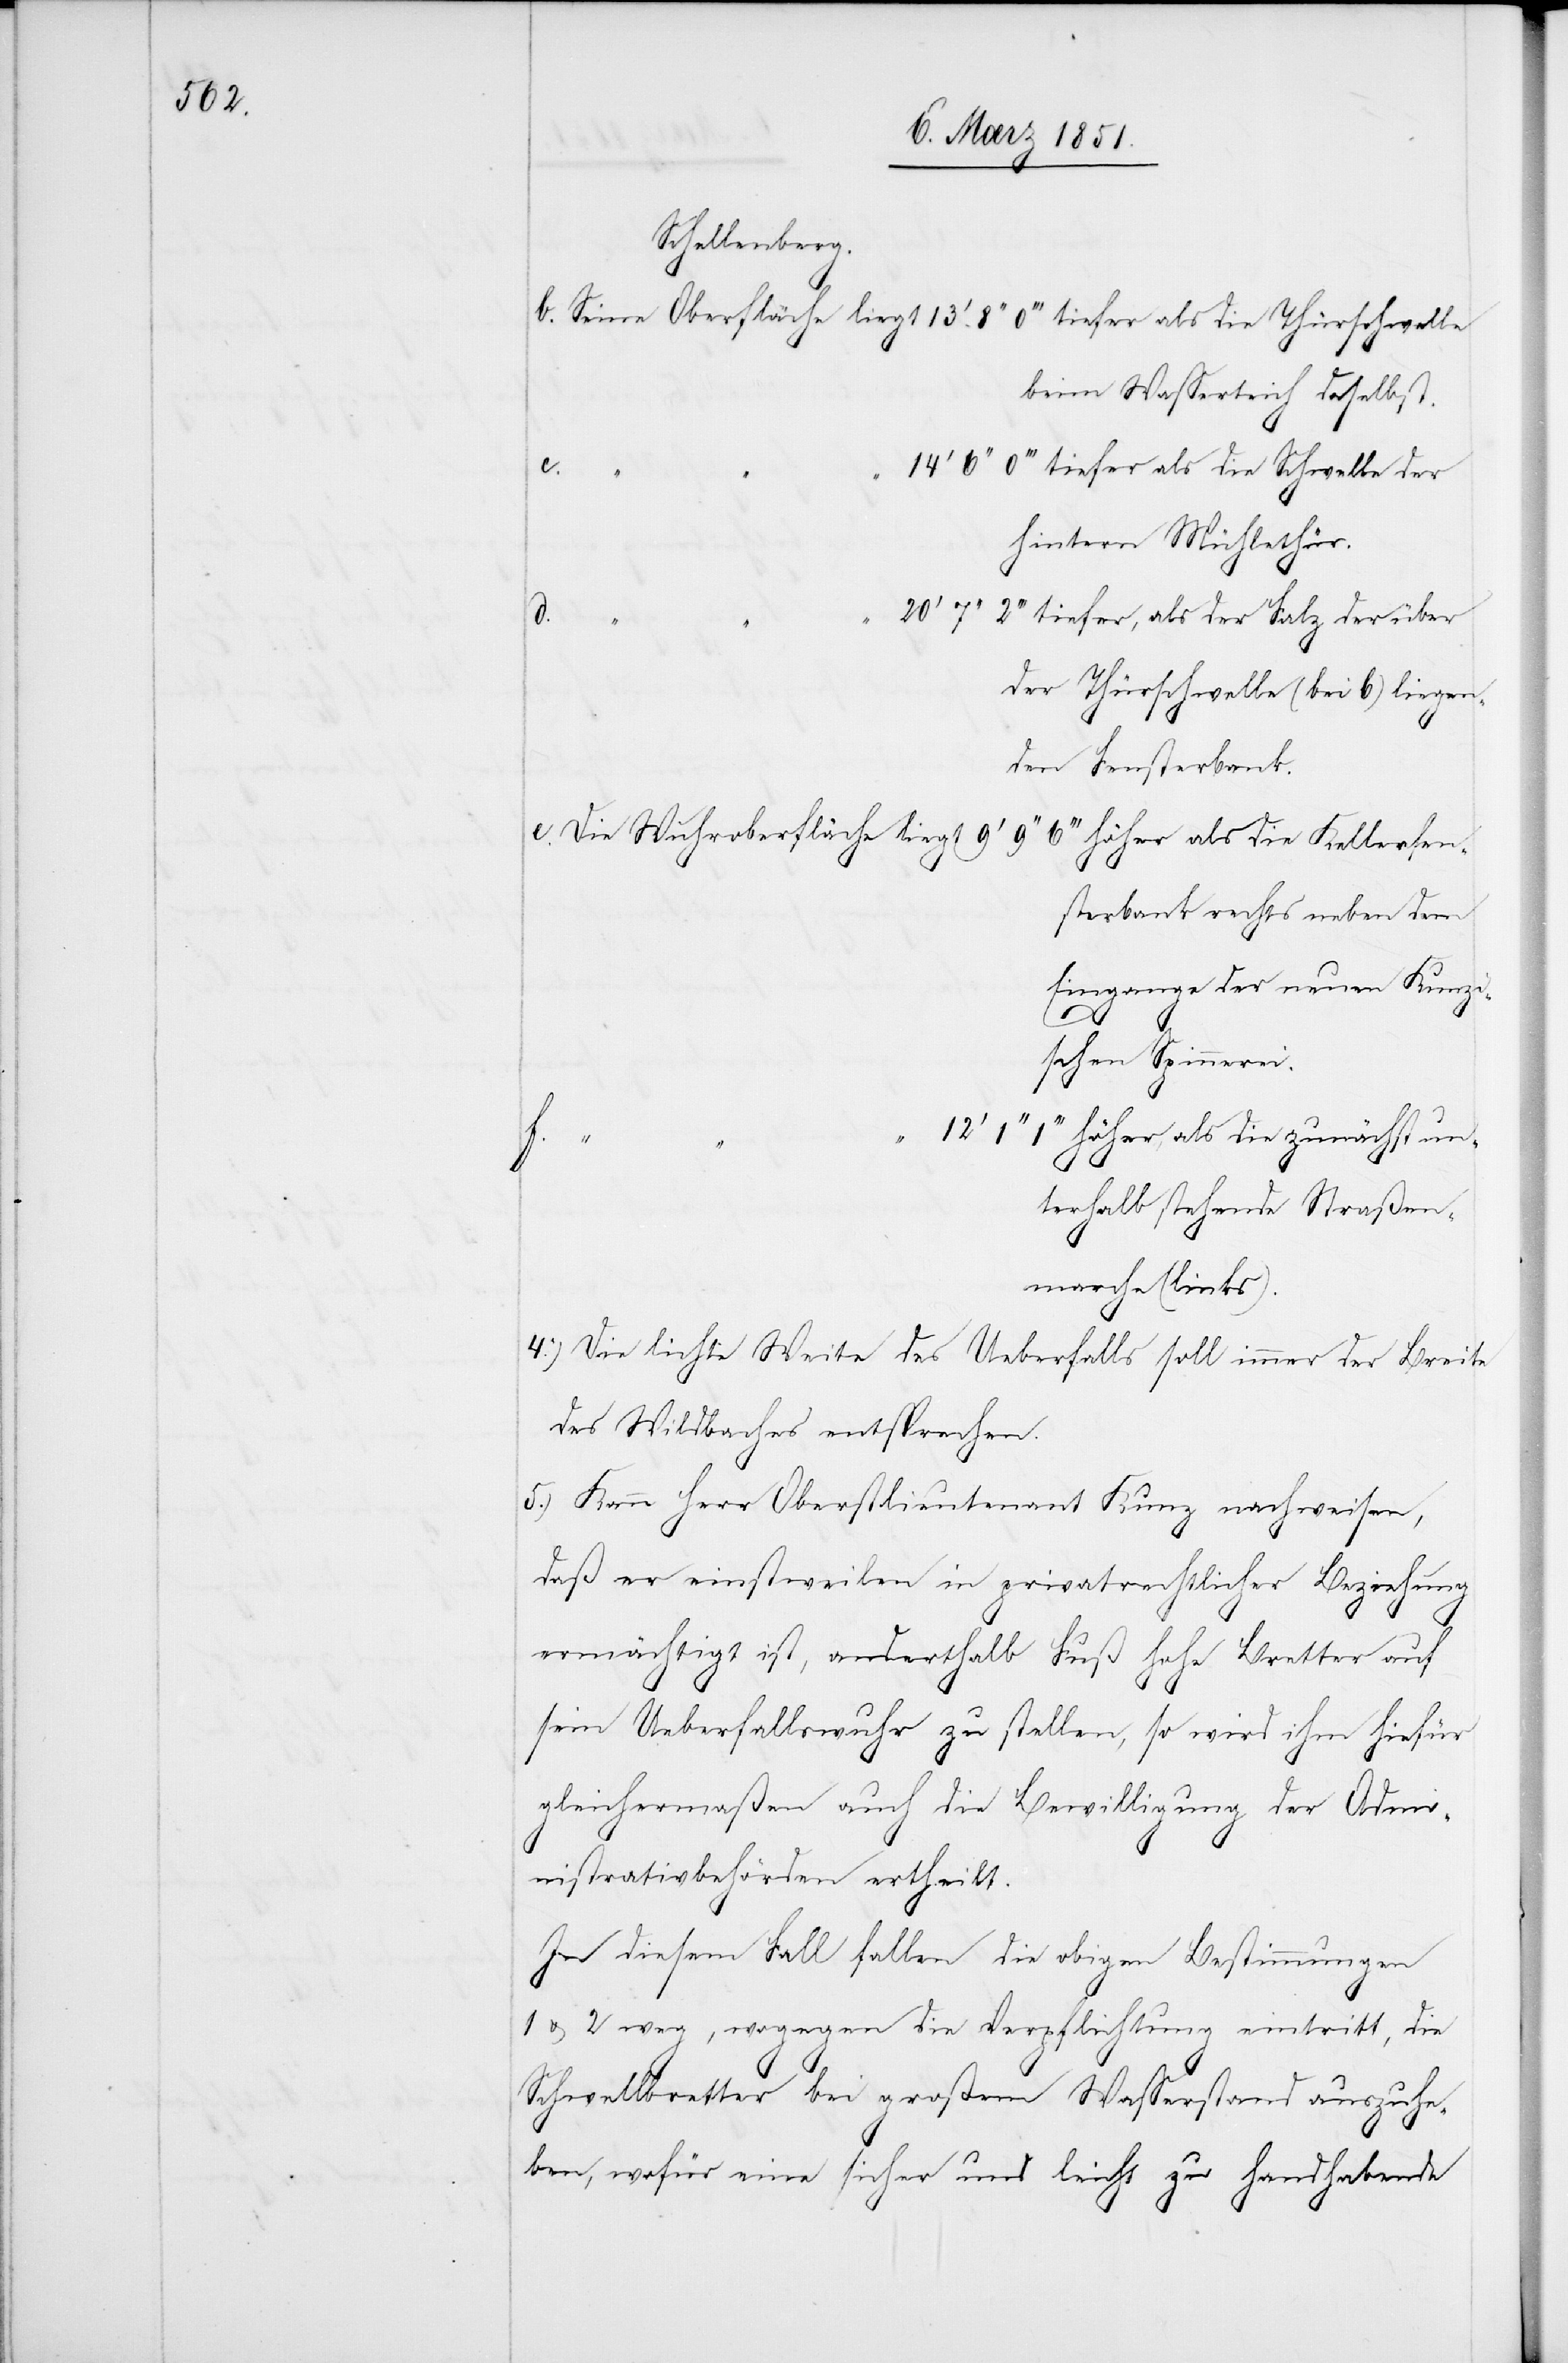
d.

Schellenberg.
Seine Oberfläche liegt 13‘ 8‘‘ 0‘‘‘ tiefer als die Thürschwelle
beim Wasserteich
c.
0‘‘‘ tiefer als die Schwelle der
alb
hintern Mühlethür.
7‘‘ 2‘‘‘ tiefer, als der Falz der über
Straß¬
nden Fensterbank.
Die Wuhroberfläche liegt 9‘
6‘‘‘ höher als die Kellerfen¬
sterbank rechts neben dem
Eingange der neuen Kunzi¬
schen Spinnerei.
1‘‘‘ höher, als die zunächst unterh¬
5.)
enmarche (links).
Die lichte Weite des Ueberfalls soll immer der Breite
des Wildbaches entsprechen.
Kann Herr Oberstlieutenant Kunz nachweisen,
daß er einstweilen in privatrechtlicher Beziehung
ermächtigt ist, anderthalb Fuß hohe Bretter auf
sein Ueberfallswuhr zu stellen, so wird ihm hiefür
gleichermaßen auch die Bewilligung der Admi¬
nistrativbehörden ertheilt.
In diesem Fall fallen die obigen Bestimmungen
1 & 2 weg, wogegen die Verpflichtung eintritt, die
Schwellbretter bei großem Wasserstand auszuhe¬
ben, wofür eine sicher und leicht zu handhabende